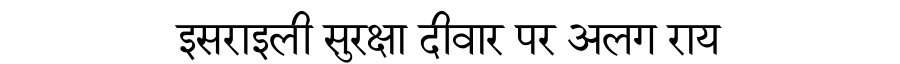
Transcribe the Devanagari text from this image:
इसराइली सुरक्षा दीवार पर अलग राय